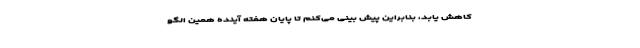
کاهش یابد، بنابراین پیش بینی می‌کنم تا پایان هفته آینده همین الگو